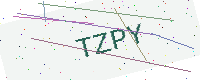
Text: TZPY